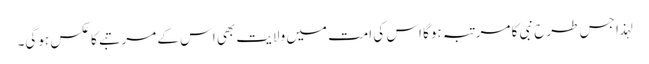
لہذا جس طرح نبی کا مرتبہ ہوگا اس کی امت میں ولایت بھی اس کے مرتبے کا عکس ہوگی۔